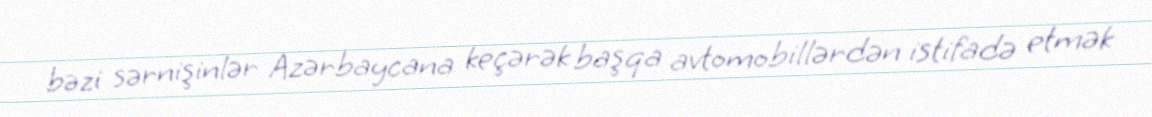
bəzi sərnişinlər Azərbaycana keçərək başqa avtomobillərdən istifadə etmək